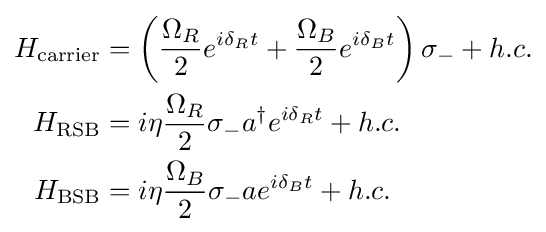
{\begin{aligned}H_{\rm {carrier}}&=\left({\frac {\Omega _{R}}{2}}e^{i\delta _{R}t}+{\frac {\Omega _{B}}{2}}e^{i\delta _{B}t}\right)\sigma _{-}+h.c.\\H_{\rm {RSB}}&=i\eta {\frac {\Omega _{R}}{2}}\sigma _{-}a^{\dagger }e^{i\delta _{R}t}+h.c.\\H_{\rm {BSB}}&=i\eta {\frac {\Omega _{B}}{2}}\sigma _{-}ae^{i\delta _{B}t}+h.c.\end{aligned}}